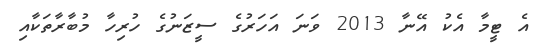
އެ ޓީމާ އެކު އޭނާ 2013 ވަނަ އަހަރުގެ ސީޒަނުގެ ހުރިހާ މުބާރާތަކާއި